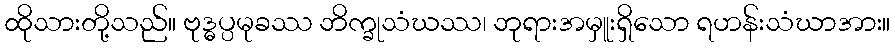
ထိုသားတို့သည်။ ဗုဒ္ဓပ္ပမုခဿ ဘိက္ခုသံဃဿ၊ ဘုရားအမှူးရှိသော ရဟန်းသံဃာအား။